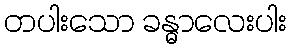
တပါးသော ခန္ဓာလေးပါး